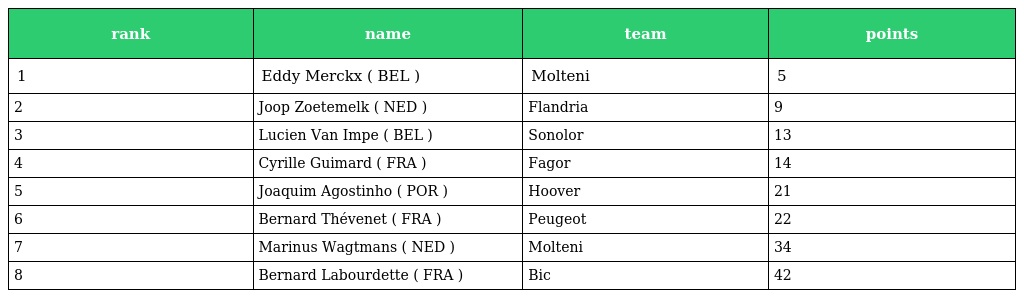
| rank | name | team | points |
 | --- | --- | --- | --- |
 | 1 | Eddy Merckx ( BEL ) | Molteni | 5 |
 | 2 | Joop Zoetemelk ( NED ) | Flandria | 9 |
 | 3 | Lucien Van Impe ( BEL ) | Sonolor | 13 |
 | 4 | Cyrille Guimard ( FRA ) | Fagor | 14 |
 | 5 | Joaquim Agostinho ( POR ) | Hoover | 21 |
 | 6 | Bernard Thévenet ( FRA ) | Peugeot | 22 |
 | 7 | Marinus Wagtmans ( NED ) | Molteni | 34 |
 | 8 | Bernard Labourdette ( FRA ) | Bic | 42 |